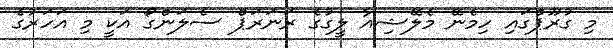
މި ގުރޫޕްގައި ހިމެނޭ މެލޭޝިއާ ލީގުގެ ރަނަރަޕް ސެލަންގޯ އަކީ މި އަހަރުގެ